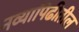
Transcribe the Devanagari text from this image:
नव्यापिढीतील